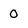
Character: 0